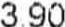
3.90